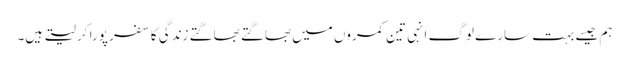
ہم جیسے بہت سارے لوگ انہی تین کمروں میں بھاگتے بھاگتے زندگی کا سفر پورا کر لیتے ہیں۔